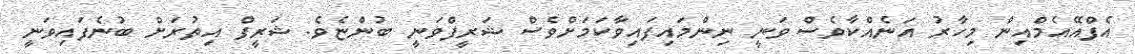
އެފްއޭއެމްއިން މިހާރު އަނެއްކާވެސް ވަނީ ނިންމައިފައިވާކަމަށްވެސް ޝަރީފްވަނީ ބުންޏެވެ. ޝަރީފް އިތުރަށް ބުނެފައިވަނީ